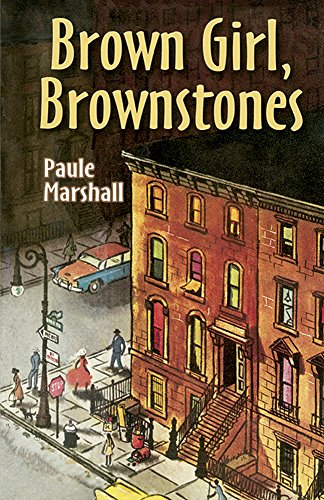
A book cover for Brown Girl, Brownstones; Paule Marshall; Literature & Fiction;